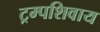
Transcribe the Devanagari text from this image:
ट्रम्पशिवाय